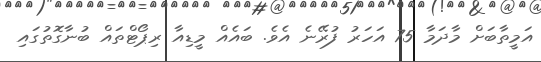
އަމީތާބަށް މާދަމާ 75 އަހަރު ފުރޭނެ އެވެ. ބައެއް މީޑިއާ ރިޕޯޓްތައް ބުނާގޮތުގައި